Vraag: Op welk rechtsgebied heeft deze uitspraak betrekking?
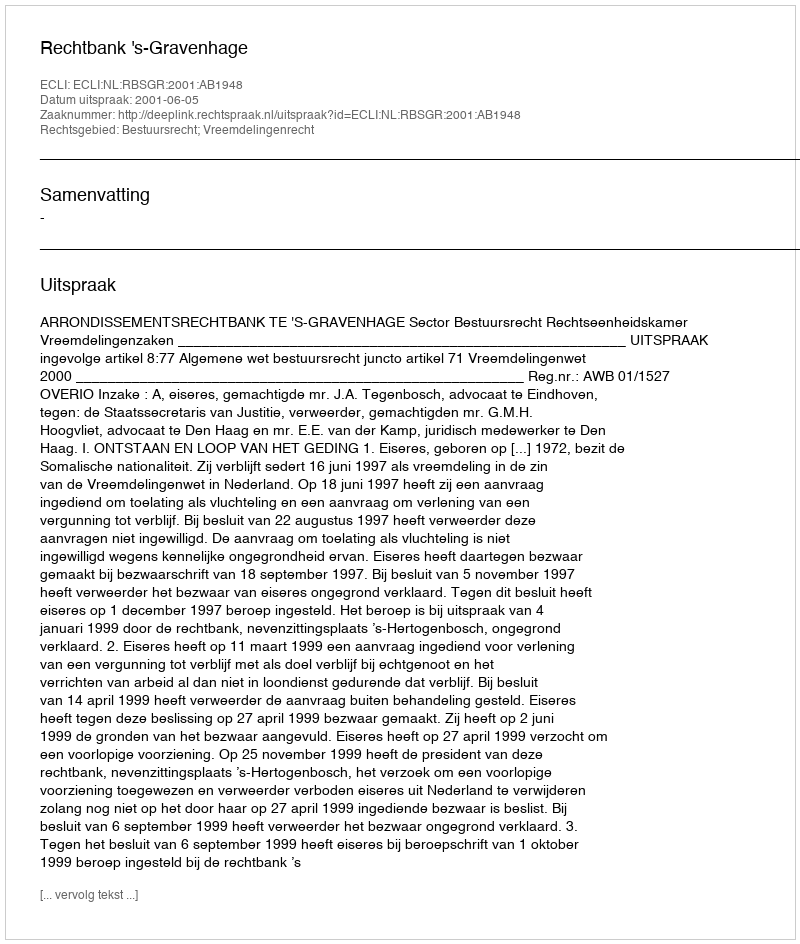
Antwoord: Bestuursrecht; Vreemdelingenrecht